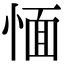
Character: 愐